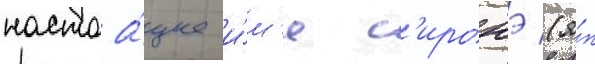
настоа́щее и́м'я с'иронэ (я́п